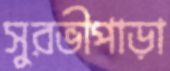
সুরভীপাড়া